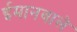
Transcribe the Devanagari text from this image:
ईमानवाले